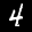
Label: 4